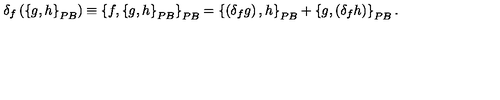
\delta _ { f } \left( \left\{ g , h \right\} _ { { \footnotesize P B } } \right) \equiv \left\{ f , \left\{ g , h \right\} _ { { \footnotesize P B } } \right\} _ { { \footnotesize P B } } = \left\{ \left( \delta _ { f } g \right) , h \right\} _ { { \footnotesize P B } } + \left\{ g , \left( \delta _ { f } h \right) \right\} _ { { \footnotesize P B } } .